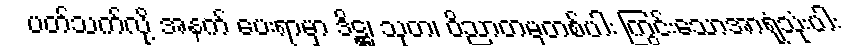
ပတ်သက်လို့ အနက် ပေးရာမှာ ဒိဋ္ဌ၊ သုတ၊ ဝိညာတမှတစ်ပါး ကြွင်းသောအာရုံသုံးပါး